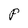
Character: P